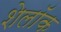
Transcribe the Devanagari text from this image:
शेलॉक